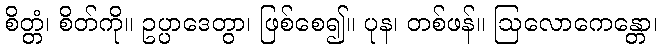
စိတ္တံ၊ စိတ်ကို။ ဥပ္ပာဒေတွာ၊ ဖြစ်စေ၍။ ပုန၊ တစ်ဖန်။ ဩလောကေန္တော၊